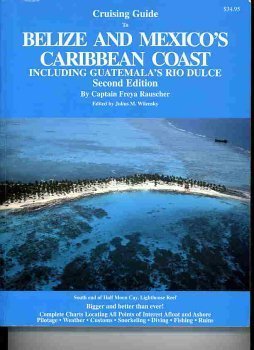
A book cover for Cruising Guide to Belize and Mexico's Caribbean Coast, including Guatemala's Rio Dulce.; Freya Rauscher; Sports & Outdoors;